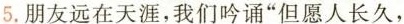
5.朋友远在天涯，我们吟诵”但愿人长久，